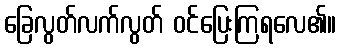
ခြေလွတ်လက်လွတ် ဝင်ပြေးကြရလေ၏။